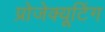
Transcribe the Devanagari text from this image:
प्रोजेक्यूटिंग